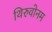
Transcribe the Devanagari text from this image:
थिरुवोनम